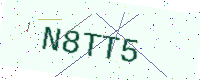
Text: N8TT5